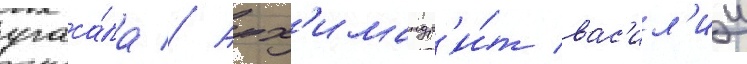
угаса́ла // Арх'имандр'и́т вас'ил'ии